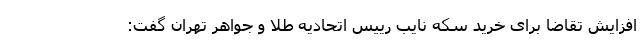
افزایش تقاضا برای خرید سکه نایب رییس اتحادیه طلا و جواهر تهران گفت: